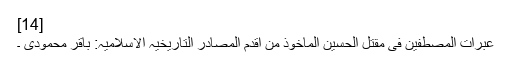
[14]
عبرات المصطفین فی مقتل الحسین الماخوذ من اقدم المصادر التاریخیہ الاسلامیہ: باقر محمودی ۔